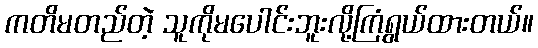
ကတိမတည်တဲ့ သူကိုမပေါင်းဘူးလို့ကြံရွယ်ထားတယ်။